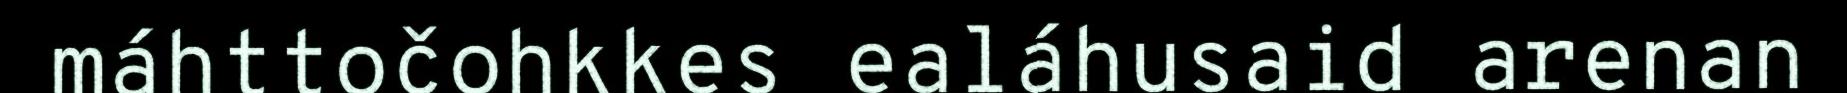
máhttočohkkes ealáhusaid arenan